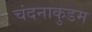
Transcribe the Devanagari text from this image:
चंदनाकुडम